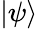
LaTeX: \left\vert\psi\right\rangle